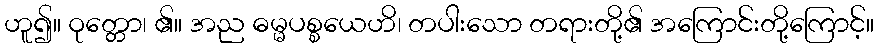
ဟူ၍။ ဝုတ္တော၊ ၏။ အည ဓမ္မပစ္စယေဟိ၊ တပါးသော တရားတို့၏ အကြောင်းတို့ကြောင့်။